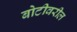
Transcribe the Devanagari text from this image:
बोटीवरील